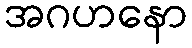
အဂဟနော